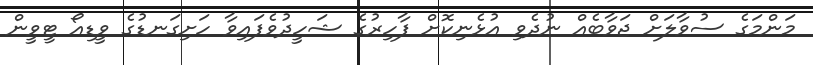
މަންމަގެ ސުވާލަށް ޖަވާބެއް ނުދެވި އުޅެނިކޮށް ފާހިރުގެ ޝަހީދުވެފައިވާ ހަށިގަނޑުގެ ވީޑިއޯ ޓީވީން